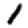
Digit: 1